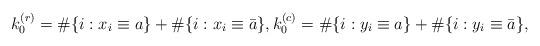
LaTeX: \begin{align*}k^{(r)}_{0}=\#\{i: x_i \equiv a\}+\#\{i: x_i \equiv \bar {a}\}, k^{(c)}_{0}=\#\{i: y_i \equiv a\}+\#\{i: y_i \equiv \bar a\}, \end{align*}